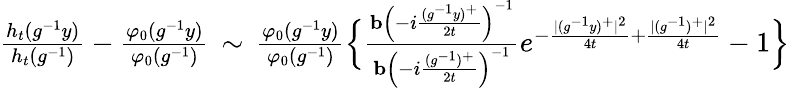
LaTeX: \begin{array}{r}{\frac{h_{t}(g^{-1}y)}{h_{t}(g^{-1})}-\frac{\varphi_{0}(g^{-1}y)}{\varphi_{0}(g^{-1})}\, \sim\, \frac{\varphi_{0}(g^{-1}y)}{\varphi_{0}(g^{-1})}\Big\lbrace{\frac{\mathbf{b}\left(-i\frac{(g^{-1}y)^{+}}{2t}\right)^{-1}}{\mathbf{b}\left(-i\frac{(g^{-1})^{+}}{2t}\right)^{-1}}e^{-\frac{|(g^{-1}y)^{+}|^{2}}{4t}+\frac{|(g^{-1})^{+}|^{2}}{4t}}-1}\Big\rbrace}\end{array}